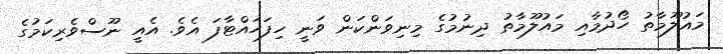
މައުލޫމާތު ހޯދުމާއި މައުލޫމާތު ދިނުމުގެ މިނިވަންކަން ވަނީ ހިފަހައްޓާފަ އެވެ. އެއީ ނޫސްވެރިކަމުގެ